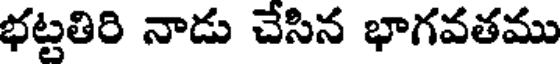
భట్టతిరి నాడు చేసిన భాగవతము